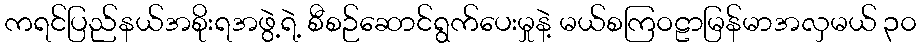
ကရင်ပြည်နယ်အစိုးရအဖွဲ့ရဲ့ စီစဉ်ဆောင်ရွက်ပေးမှုနဲ့ မယ်စကြဝဠာမြန်မာအလှမယ် ၃၀